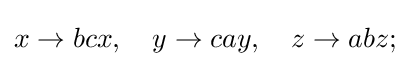
x\to bcx,\quad y\to cay,\quad z\to abz;